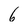
Character: 6